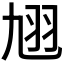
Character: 𮶈